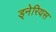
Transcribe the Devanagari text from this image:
ड्नेरियस